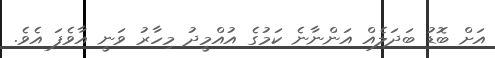
އަށް ބޮޑު ބަދަލެއް އަންނާނެ ކަމުގެ އުއްމީދު މިހާރު ވަނީ އާވެފަ އެވެ.